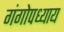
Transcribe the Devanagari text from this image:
गंगोपध्याय